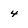
Character: 4